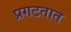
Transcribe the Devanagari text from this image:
प्रगटतात